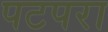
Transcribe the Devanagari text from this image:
पटपरा